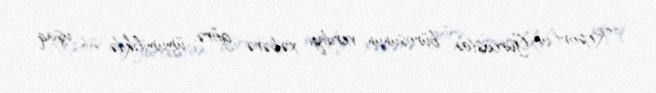
“Report”un Gürcüstan bürosunun verdiyi xəbərə görə, ümumilikdə 26 uşaq